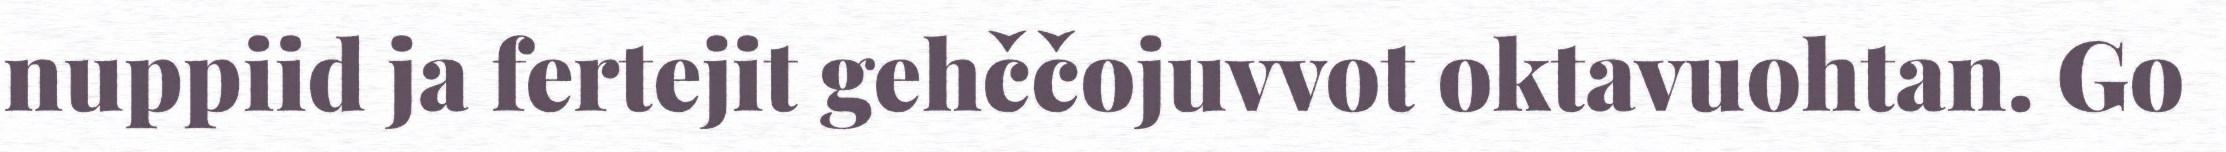
nuppiid ja fertejit gehččojuvvot oktavuohtan. Go